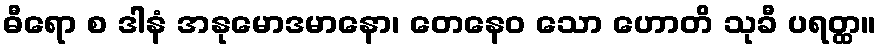
ဓီရော စ ဒါနံ အနုမောဒမာနော၊ တေနေဝ သော ဟောတိ သုခီ ပရတ္ထ။